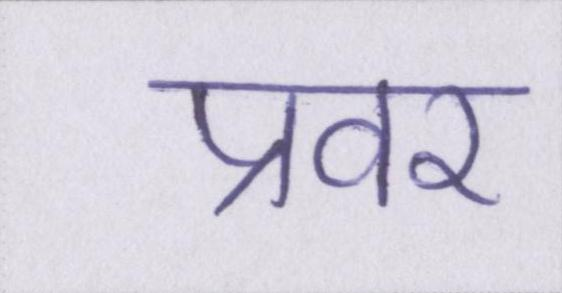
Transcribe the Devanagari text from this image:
प्रवर